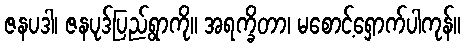
ဇနပဒါ၊ ဇနပုဒ်ပြည်ရွာကို။ အရက္ခိတာ၊ မစောင့်ရှောက်ပါကုန်။